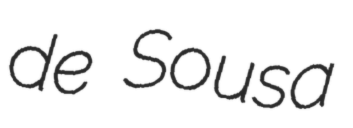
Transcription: de Sousa